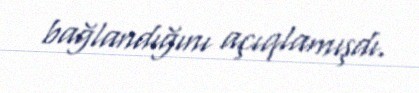
bağlandığını açıqlamışdı.